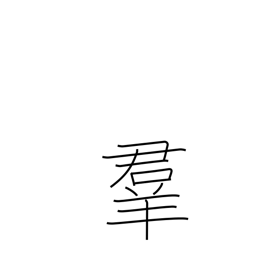
Meaning: crowd